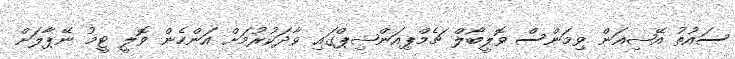
ސައުތު އޭޝިއަން ވިމަންސް ވޮލީބޯލް ޗެމްޕިއަންޝިޕްގައި ވާދަކުރުމަށް އަންހެން ވޮލީ ޓީމު ނޭޕާލަށް